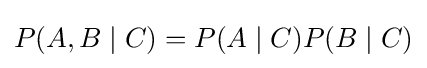
P(A,B\mid C)=P(A\mid C)P(B\mid C)